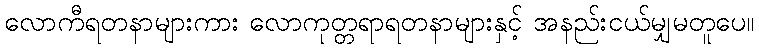
လောကီရတနာများကား လောကုတ္တရာရတနာများနှင့် အနည်းငယ်မျှမတူပေ။